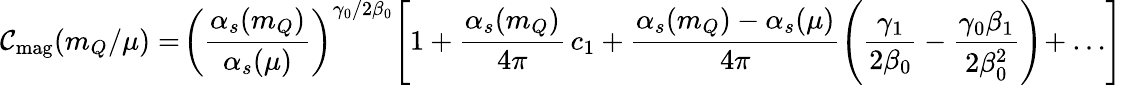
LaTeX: \mathcal{C}_{\mathrm{{mag}}}(m_{Q}/\mu)=\! \left(\frac{{\alpha_{s}(m_{Q})}}{{\alpha_{s}(\mu)}}\right)^{\gamma_{0}/2\beta_{0}}\! \left[1+\frac{{\alpha_{s}(m_{Q})}}{{4\pi}}\, c_{1}+\frac{{\alpha_{s}(m_{Q})-\alpha_{s}(\mu)}}{{4\pi}}\left(\frac{{\gamma_{1}}}{{2\beta_{0}}}-\frac{{\gamma_{0}\beta_{1}}}{{2\beta_{0}^{2}}}\right)\! +\dots\right]\,